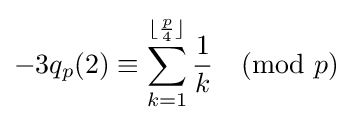
-3q_{p}(2)\equiv \sum _{k=1}^{\lfloor {\frac {p}{4}}\rfloor }{\frac {1}{k}}{\pmod {p}}